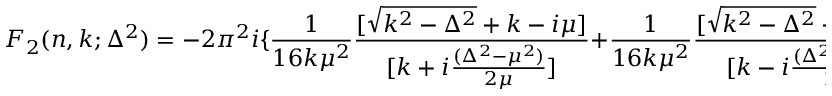
F _ { 2 } ( n , k ; \Delta ^ { 2 } ) = - 2 \pi ^ { 2 } i \{ \frac { 1 } { 1 6 k \mu ^ { 2 } } \frac { [ \sqrt { k ^ { 2 } - \Delta ^ { 2 } } + k - i \mu ] } { [ k + i \frac { ( \Delta ^ { 2 } - \mu ^ { 2 } ) } { 2 \mu } ] } + \frac { 1 } { 1 6 k \mu ^ { 2 } } \frac { [ \sqrt { k ^ { 2 } - \Delta ^ { 2 } } - k - i \mu ] } { [ k - i \frac { ( \Delta ^ { 2 } - \mu ^ { 2 } ) } { 2 \mu } ] } \} ,